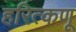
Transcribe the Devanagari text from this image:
हरित्कणू